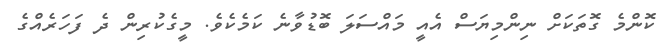
ކޮންމެ ގޮތަކަށް ނިންމިޔަސް އެއީ މައްސަލަ ބޮޑުވާނެ ކަމެކެވެ. މީގެކުރިން ދެ ފަހަރެއްގެ